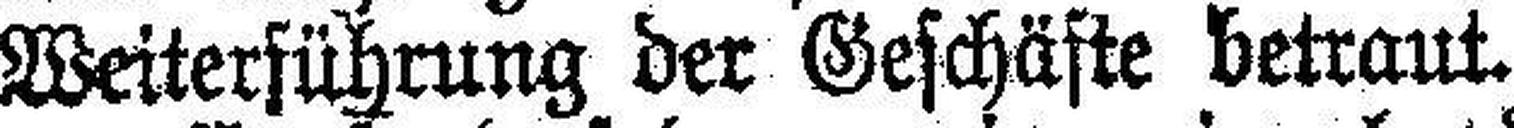
Weiterführung der Geschäfte betraut.